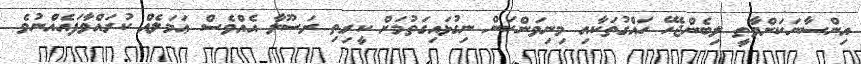
އިންސާނަކަށްވާތީ ލިބެންޖެހޭ ހައްގުތަކާއި މިނިވަންކަން ނިގުޅައިގަތުމަށް ކީރިތި ރަސޫލާ އެއްވެސް ޢަމަލެއް ކުރައްވާފައެއްނުވެ